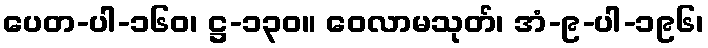
ပေတ-ပါ-၁၆၀၊ ဋ္ဌ-၁၃၀။ ဝေလာမသုတ်၊ အံ-၉-ပါ-၁၉၆၊